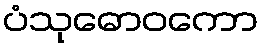
ပံသုဓောဝကော